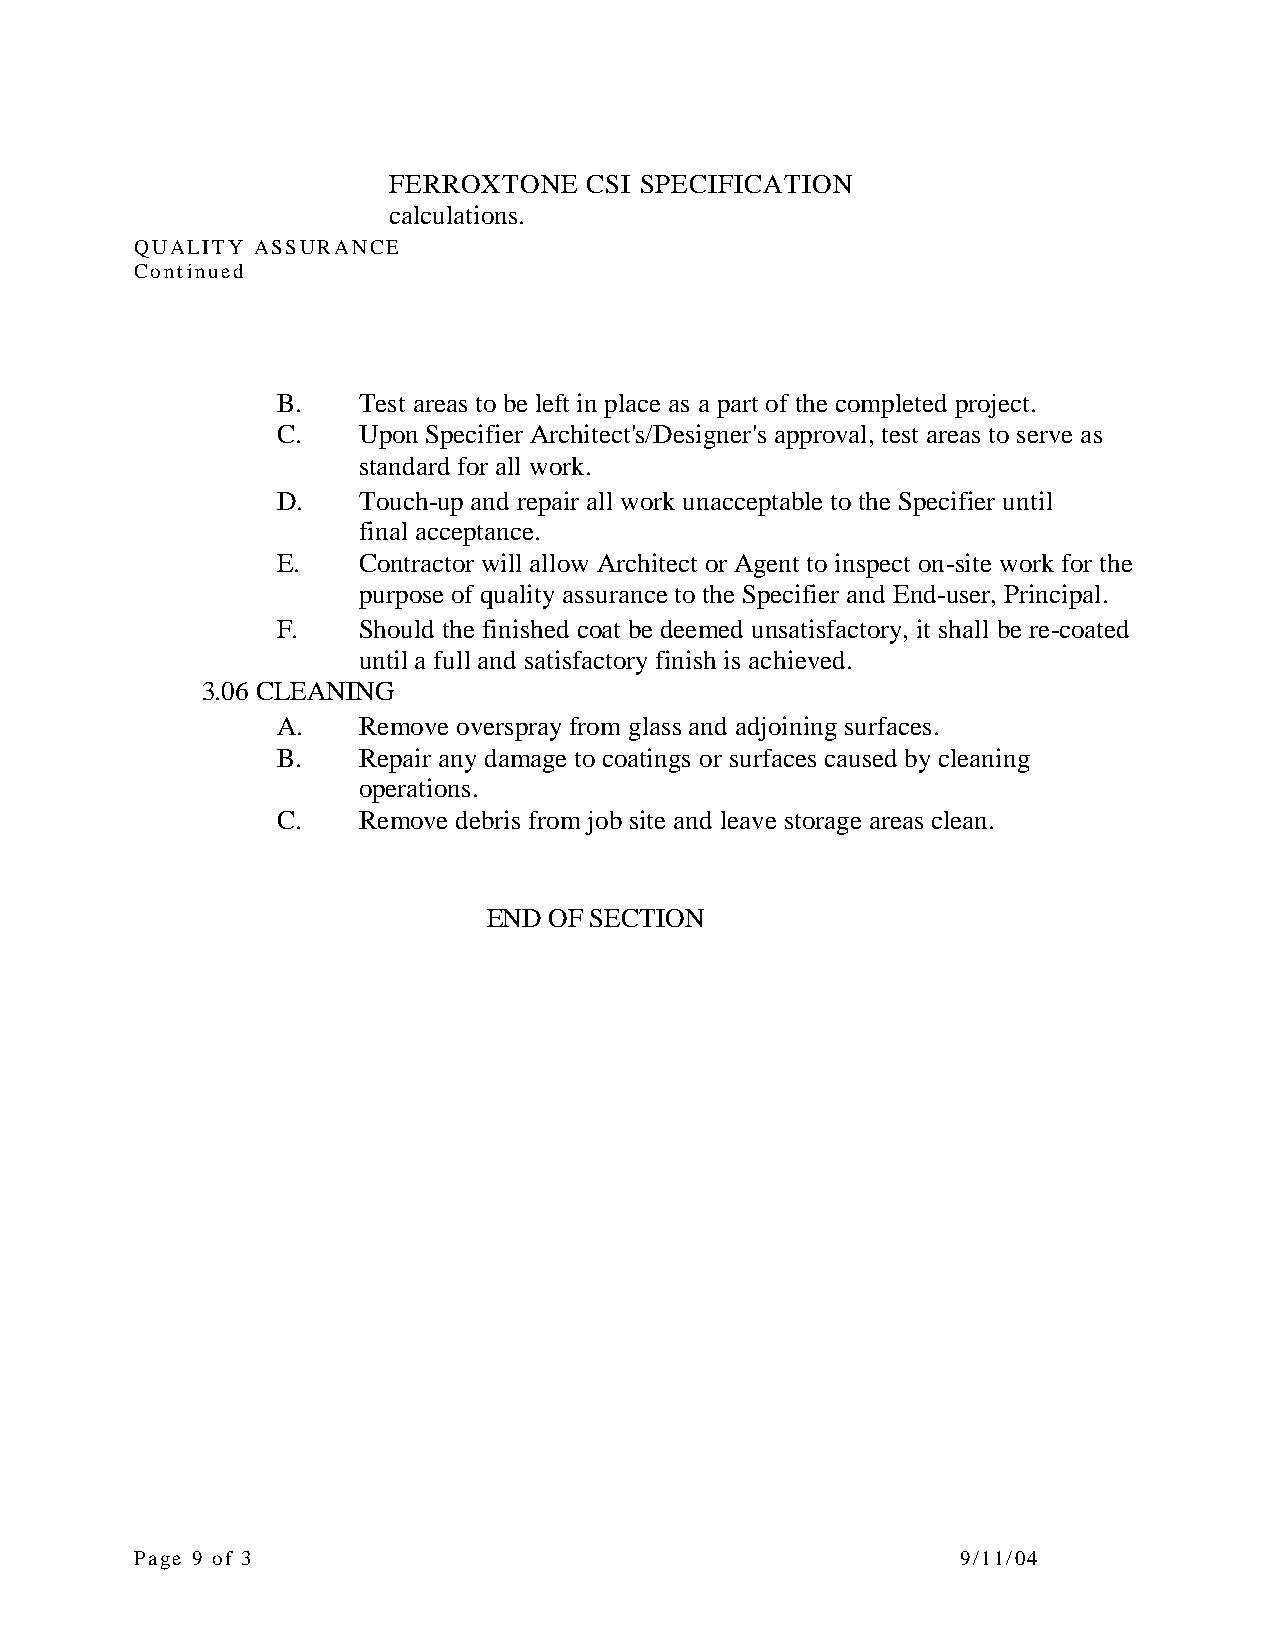
FERROXTONE   CSI SPECIFICATION
 calculations.
 QUALITY ASSURANCE
 Continued
 B.    Test areas to be left in place as a part of the completed project.
 C.    Upon Specifier Architect's/Designer's approval, test areas to serve as
 standard for all work.
 D.    Touch-up and repair all work unacceptable to the Specifier until
 final acceptance.
 E.    Contractor will allow Architect or Agent to inspect on-site work for the
 purpose of quality assurance to the Specifier and End-user, Principal.
 F.    Should the finished coat be deemed unsatisfactory, it shall be re-coated
 until a full and satisfactory finish is achieved.
 3.06 CLEANING
 A.    Remove overspray from glass and adjoining surfaces.
 B.    Repair any damage to coatings or surfaces caused by cleaning
 operations.
 C.    Remove debris from job site and leave storage areas clean.
 END OF SECTION
 Page 9 of 3                                            9/11/04